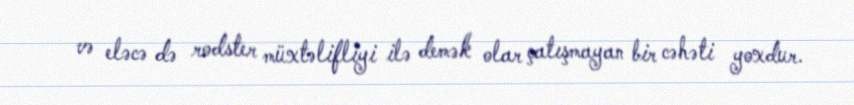
və eləcə də rodster müxtəlifliyi ilə demək olar çatışmayan bir cəhəti yoxdur.